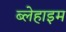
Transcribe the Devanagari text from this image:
ब्लेहाइम